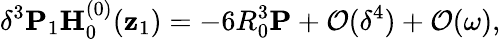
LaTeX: \delta^{3}\mathbf{P}_{1}\mathbf{H}_{0}^{(0)}(\mathbf{z}_{1})=-6R_{0}^{3}\mathbf{P}+\mathcal{O}(\delta^{4})+\mathcal{O}(\omega),